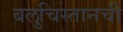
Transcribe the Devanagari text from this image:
बलुचिस्तानची